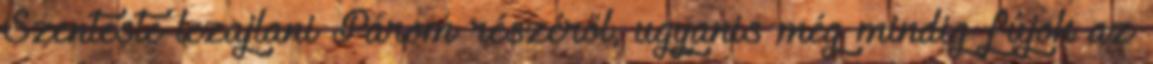
Szenteste lezajlani Párom részéről, ugyanis még mindig fújok az